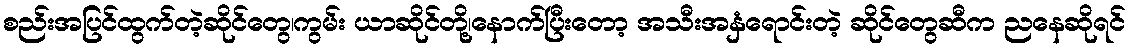
စည်းအပြင်ထွက်တဲ့ဆိုင်တွေ၊ကွမ်း ယာဆိုင်တို့၊နောက်ပြီးတော့ အသီးအနှံရောင်းတဲ့ ဆိုင်တွေဆီက ညနေဆိုရင်